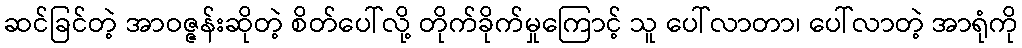
ဆင်ခြင်တဲ့ အာဝဇ္ဇန်းဆိုတဲ့ စိတ်ပေါ်လို့ တိုက်ခိုက်မှုကြောင့် သူ ပေါ်လာတာ၊ ပေါ်လာတဲ့ အာရုံကို